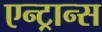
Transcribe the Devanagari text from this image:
एन्ट्रान्स